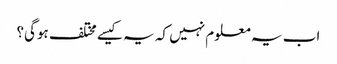
اب یہ معلوم نہیں کہ یہ کیسے مختلف ہوگی؟